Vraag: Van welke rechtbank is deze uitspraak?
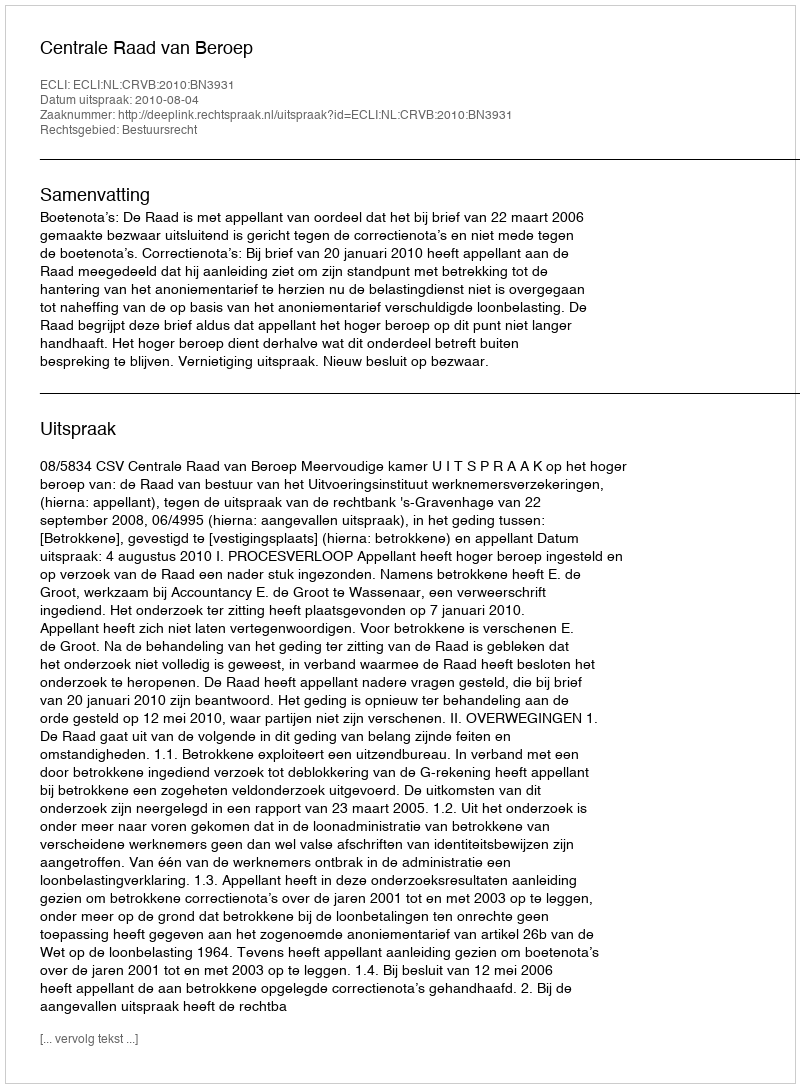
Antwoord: Centrale Raad van Beroep